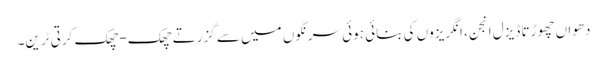
دھواں چھوڑتا ڈیزل انجن، انگریزوں کی بنائی ہوئی سرنگوں میں سے گزرتے چھک-چھک کرتی ٹرین۔